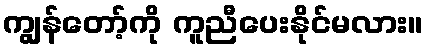
ကျွန်တော့်ကို ကူညီပေးနိုင်မလား။